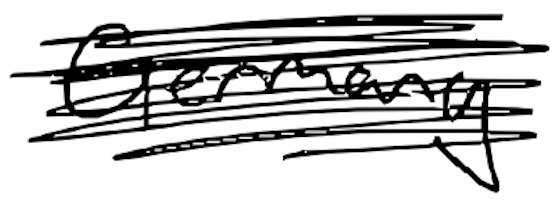
Text: Germany
Cross-out: scratch
Writing tool: digital_black